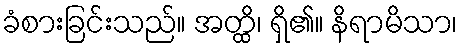
ခံစားခြင်းသည်။ အတ္ထိ၊ ရှိ၏။ နိရာမိသာ၊